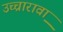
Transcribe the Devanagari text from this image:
उच्चारावा़